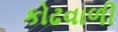
કોઢવાળી